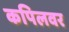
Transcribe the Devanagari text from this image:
कपिलवर